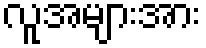
လူအများအား